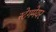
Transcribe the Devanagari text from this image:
स्टेगमेयर